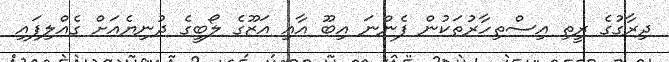
ދިރާގުގެ ރީތި އިސްތިހާރުތަކުން ފެންނަ އިބޫ އާއި އަޒޫގެ ލޯބީގެ ދުނިޔެއަށް ގެއްލިފައި